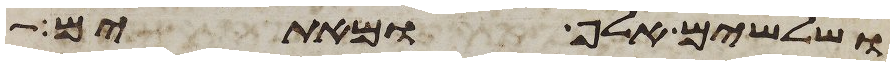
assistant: ושלשים אלף ומאתים